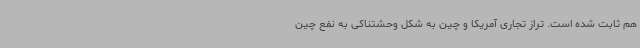
هم ثابت شده است. تراز تجاری آمریکا و چین به شکل وحشتناکی به نفع چین